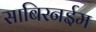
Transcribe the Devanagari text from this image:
साबिरनईम